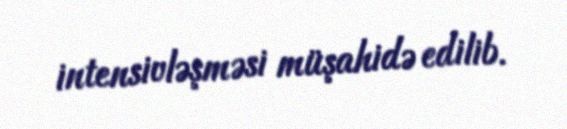
intensivləşməsi müşahidə edilib.